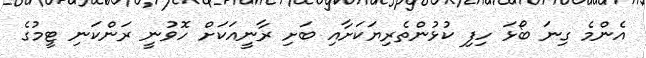
އެންމެ ގިނަ ބޯޅަ ހިފި ކުޅުންތެރިޔަކަށާއި ބަށި ރާނީއަކަށް ހޮވުނީ ރަންކަނި ޓީމުގެ